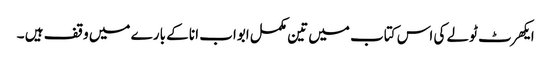
ایکھرٹ ٹولے کی اس کتاب میں تین مکمل ابواب انا کے بارے میں وقف ہیں ۔